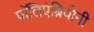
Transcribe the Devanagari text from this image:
पॉलिएंब्रियोनी